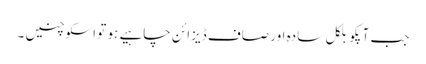
جب آپکو بلکل سادہ اور صاف ڈیزائن چاہیے ہو تو اسکو چنیں ۔